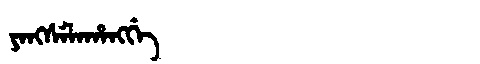
Manchu: ᠶᠠᠩᠰᡝᠯᠠᡥᠠᠩᡤᡝ
Romanization: YANGSELAHANGGE